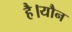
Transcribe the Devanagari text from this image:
है।यौन